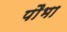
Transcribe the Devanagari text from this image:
पौभा